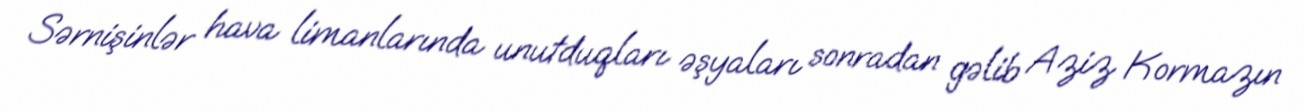
Sərnişinlər hava limanlarında unutduqları əşyaları sonradan gəlib Aziz Kormazın